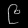
Digit: ၉